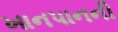
ખાનપાનની